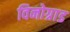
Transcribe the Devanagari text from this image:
विनोग्राड